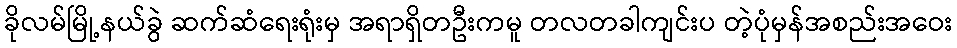
ခိုလမ်မြို့နယ်ခွဲ ဆက်ဆံရေးရုံးမှ အရာရှိတဦးကမူ တလတခါကျင်းပ တဲ့ပုံမှန်အစည်းအဝေး